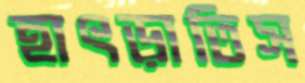
হাৎড়াতিস